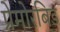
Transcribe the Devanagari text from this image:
प्रेमोरबिड